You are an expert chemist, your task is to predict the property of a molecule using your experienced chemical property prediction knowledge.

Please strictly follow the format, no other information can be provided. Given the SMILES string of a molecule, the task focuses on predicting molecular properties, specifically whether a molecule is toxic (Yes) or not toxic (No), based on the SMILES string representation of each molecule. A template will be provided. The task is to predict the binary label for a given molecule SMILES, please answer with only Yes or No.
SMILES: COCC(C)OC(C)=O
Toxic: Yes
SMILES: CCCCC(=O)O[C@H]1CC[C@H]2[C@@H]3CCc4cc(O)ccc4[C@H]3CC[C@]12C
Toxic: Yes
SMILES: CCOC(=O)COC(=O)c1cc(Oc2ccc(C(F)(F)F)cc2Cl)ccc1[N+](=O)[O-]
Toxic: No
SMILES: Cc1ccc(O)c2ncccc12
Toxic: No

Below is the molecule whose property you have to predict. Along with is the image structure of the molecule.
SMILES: CCCCCCC(O)CCCCCCCCCCC(=O)OC
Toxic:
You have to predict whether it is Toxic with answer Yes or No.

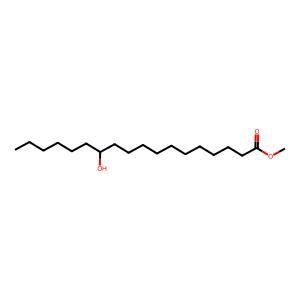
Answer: No